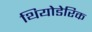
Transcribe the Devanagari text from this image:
थियोडेरिक